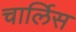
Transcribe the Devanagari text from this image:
चार्लिस